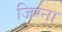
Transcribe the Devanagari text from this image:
जिग्ना